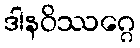
ဒါနဝိဿဂ္ဂေ